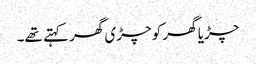
چڑیا گھر کو چڑی گھر کہتے تھے۔